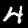
Digit: 4